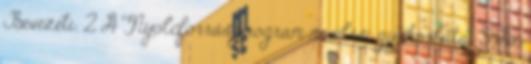
Bevezetı. 2 A Nyolcforrás program nevelési gyakorlatai 3 Az